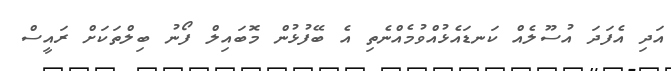
އަދި އެފަދަ އުސޫލެއް ކަނޑައެޅުއްވުމެއްނެތި އެ ބޭފުޅުން މޮބައިލް ފޯނު ބިލްތަކަށް ރައީސް